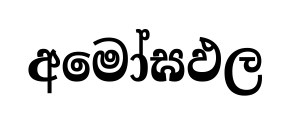
අමෝඝඵල